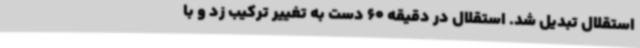
استقلال تبدیل شد. استقلال در دقیقه 60 دست به تغییر ترکیب زد و با